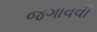
જગાવવી